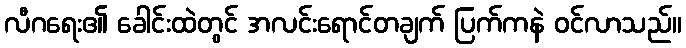
လီဂရေး၏ ခေါင်းထဲတွင် အလင်းရောင်တချက် ပြက်ကနဲ ဝင်လာသည်။